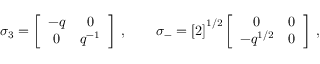
\sigma _ { 3 } = \left[ \begin{array} { c c } { { - q } } & { { 0 } } \\ { { 0 } } & { { q ^ { - 1 } } } \end{array} \right] \; , \qquad \sigma _ { - } = \left[ 2 \right] ^ { 1 / 2 } \left[ \begin{array} { c c } { { 0 } } & { { 0 } } \\ { { - q ^ { 1 / 2 } } } & { { 0 } } \end{array} \right] \; ,